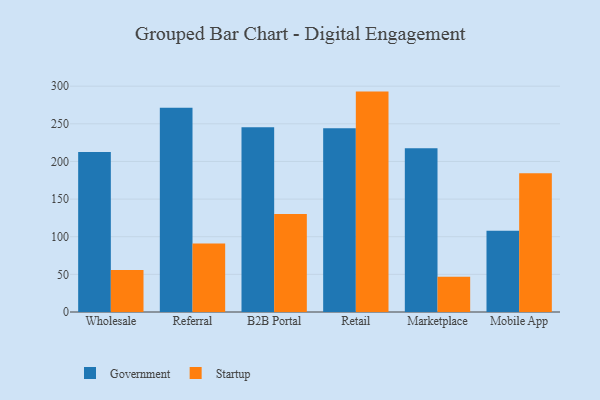
{"axis": {"x": "Channel", "y": "Bounce Rate (%)"}, "legend": ["Government", "Startup"], "data": [{"x": "Wholesale", "y": 212.6, "type": "Government"}, {"x": "Wholesale", "y": 55.8, "type": "Startup"}, {"x": "Referral", "y": 271.5, "type": "Government"}, {"x": "Referral", "y": 90.9, "type": "Startup"}, {"x": "B2B Portal", "y": 245.5, "type": "Government"}, {"x": "B2B Portal", "y": 130.2, "type": "Startup"}, {"x": "Retail", "y": 244.2, "type": "Government"}, {"x": "Retail", "y": 292.8, "type": "Startup"}, {"x": "Marketplace", "y": 217.7, "type": "Government"}, {"x": "Marketplace", "y": 46.8, "type": "Startup"}, {"x": "Mobile App", "y": 108.0, "type": "Government"}, {"x": "Mobile App", "y": 184.4, "type": "Startup"}]}